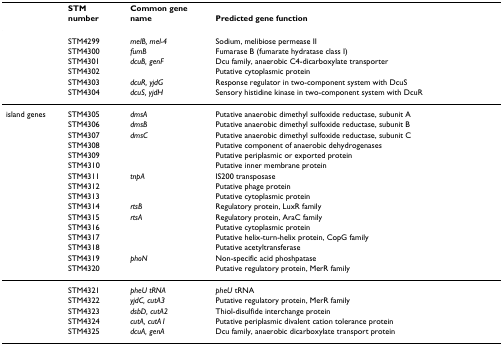
<table><thead><tr><td></td><td><b>STM</b></td><td></td><td><b>Common gene</b></td><td></td></tr><tr><td></td><td><b>number</b></td><td></td><td><b>name</b></td><td><b>Predicted gene function</b></td></tr></thead><tbody><tr><td></td><td>STM4299</td><td></td><td><i>melB, mel-4</i></td><td>Sodium, melibiose permease II</td></tr><tr><td></td><td>STM4300</td><td></td><td><i>fumB</i></td><td>Fumarase B (fumarate hydratase class I)</td></tr><tr><td></td><td>STM4301</td><td></td><td><i>dcuB, genF</i></td><td>Dcu family, anaerobic C4-dicarboxylate transporter</td></tr><tr><td></td><td>STM4302</td><td></td><td></td><td>Putative cytoplasmic protein</td></tr><tr><td></td><td>STM4303</td><td></td><td><i>dcuR, yjdG</i></td><td>Response regulator in two-component system with DcuS</td></tr><tr><td></td><td>STM4304</td><td></td><td><i>dcuS, yjdH</i></td><td>Sensory histidine kinase in two-component system with DcuR</td></tr><tr><td>island genes</td><td>STM4305</td><td></td><td><i>dmsA</i></td><td>Putative anaerobic dimethyl sulfoxide reductase, subunit A</td></tr><tr><td></td><td>STM4306</td><td></td><td><i>dmsB</i></td><td>Putative anaerobic dimethyl sulfoxide reductase, subunit B</td></tr><tr><td></td><td>STM4307</td><td></td><td><i>dmsC</i></td><td>Putative anaerobic dimethyl sulfoxide reductase, subunit C</td></tr><tr><td></td><td>STM4308</td><td></td><td></td><td>Putative component of anaerobic dehydrogenases</td></tr><tr><td></td><td>STM4309</td><td></td><td></td><td>Putative periplasmic or exported protein</td></tr><tr><td></td><td>STM4310</td><td></td><td></td><td>Putative inner membrane protein</td></tr><tr><td></td><td>STM4311</td><td></td><td><i>tnpA</i></td><td>IS200 transposase</td></tr><tr><td></td><td>STM4312</td><td></td><td></td><td>Putative phage protein</td></tr><tr><td></td><td>STM4313</td><td></td><td></td><td>Putative cytoplasmic protein</td></tr><tr><td></td><td>STM4314</td><td></td><td><i>rtsB</i></td><td>Regulatory protein, LuxR family</td></tr><tr><td></td><td>STM4315</td><td></td><td><i>rtsA</i></td><td>Regulatory protein, AraC family</td></tr><tr><td></td><td>STM4316</td><td></td><td></td><td>Putative cytoplasmic protein</td></tr><tr><td></td><td>STM4317</td><td></td><td></td><td>Putative helix-turn-helix protein, CopG family</td></tr><tr><td></td><td>STM4318</td><td></td><td></td><td>Putative acetyltransferase</td></tr><tr><td></td><td>STM4319</td><td></td><td><i>phoN</i></td><td>Non-specific acid phoshpatase</td></tr><tr><td></td><td>STM4320</td><td></td><td></td><td>Putative regulatory protein, MerR family</td></tr><tr><td></td><td>STM4321</td><td></td><td><i>pheU tRNA</i></td><td><i>pheU </i>tRNA</td></tr><tr><td></td><td>STM4322</td><td></td><td><i>yjdC, cutA3</i></td><td>Putative regulatory protein, MerR family</td></tr><tr><td></td><td>STM4323</td><td></td><td><i>dsbD, cutA2</i></td><td>Thiol-disulfide interchange protein</td></tr><tr><td></td><td>STM4324</td><td></td><td><i>cutA, cutA1</i></td><td>Putative periplasmic divalent cation tolerance protein</td></tr><tr><td></td><td>STM4325</td><td></td><td><i>dcuA, genA</i></td><td>Dcu family, anaerobic dicarboxylate transport protein</td></tr></tbody></table>